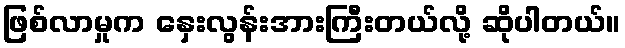
ဖြစ်လာမှုက နှေးလွန်းအားကြီးတယ်လို့ ဆိုပါတယ်။